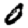
Digit: 0